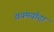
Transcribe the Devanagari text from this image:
वयमर्यादा